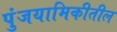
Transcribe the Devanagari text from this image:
पुंजयामिकीतील